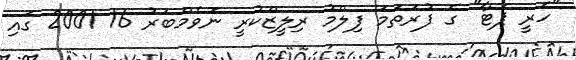
"ހެރީ ޕޮޓާ" ގެ ފުރަތަމަ ފިލްމު ރިލީޒްކުރީ ނޮވެމްބަރު 16 2001 ގައި